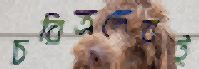
চরিত্রদেরই